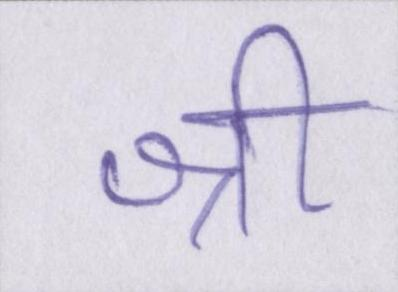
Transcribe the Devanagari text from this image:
श्री